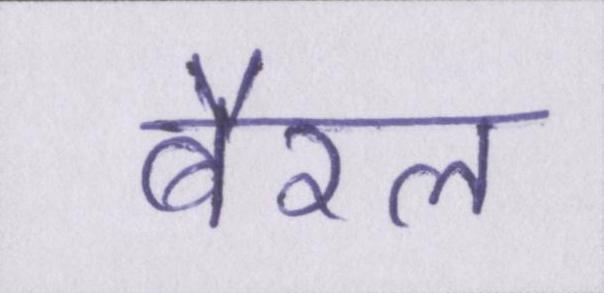
बैरल